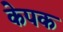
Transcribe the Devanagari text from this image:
केपक